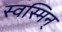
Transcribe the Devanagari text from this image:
स्वस्मिन्